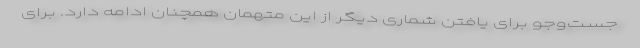
جست‌وجو برای یافتن شماری دیگر از این متهمان همچنان ادامه دارد. برای